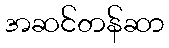
အဆင်တန်ဆာ